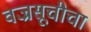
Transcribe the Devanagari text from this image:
वज्रसूचीचा